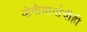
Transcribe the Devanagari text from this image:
योनीमार्गाचीही